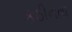
કઠીનતા